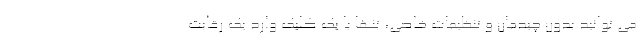
می توانید بدون چیدمان و تنظیمات خاصی، تنها با یک کلیک وارد یک رقابت